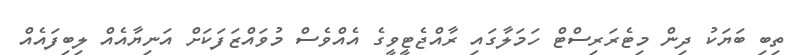
ތިބި ބަޔަކު ދިން މިޓެރަރިސްޓް ހަމަލާގައި ރާއްޖެޓީވީގެ އެއްވެސް މުވައްޒަފަކަށް އަނިޔާއެއް ލިބިފައެއް